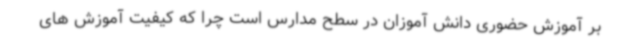
بر آموزش حضوری دانش آموزان در سطح مدارس است چرا که کیفیت آموزش های